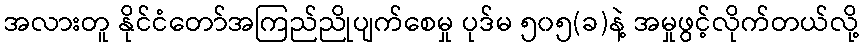
အလားတူ နိုင်ငံတော်အကြည်ညိုပျက်စေမှု ပုဒ်မ ၅၀၅(ခ)နဲ့ အမှုဖွင့်လိုက်တယ်လို့